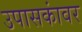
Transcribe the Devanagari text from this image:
उपासकांवर